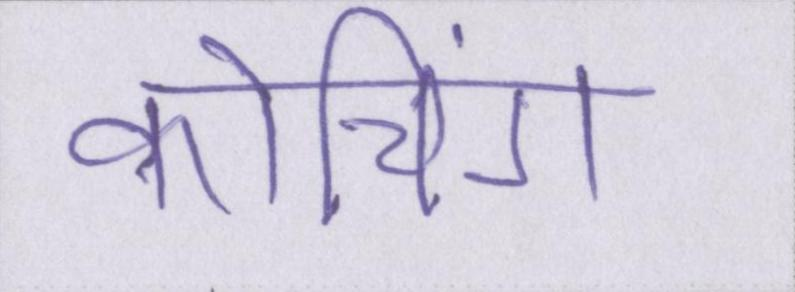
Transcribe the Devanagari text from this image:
कोचिंग